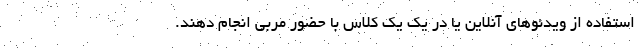
استفاده از ویدئوهای آنلاین یا در یک یک کلاس با حضور مربی انجام دهند.